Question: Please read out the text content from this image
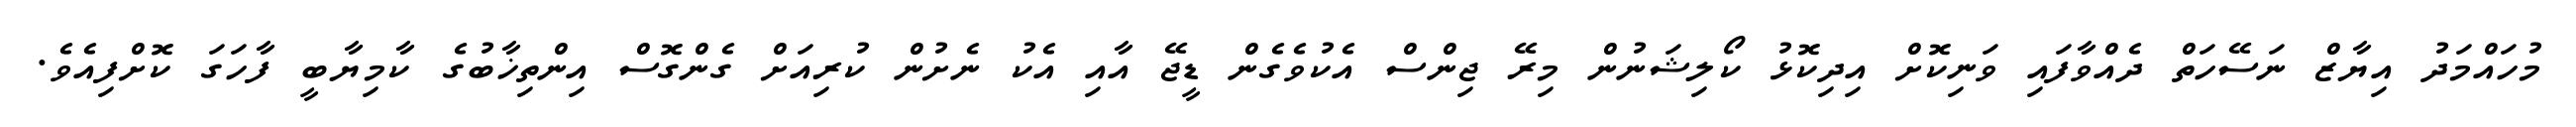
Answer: މުހައްމަދު އިޔާޒް ނަސޭހަތް ދެއްވާފައި ވަނިކޮށް އިދިކޮޅު ކޯލިޝަނުން މިރޭ ޖިންސް އެކުވެގެން ޑީޖޭ އާއި އެކު ނެށުން ކުރިއަށް ގެންގޮސް އިންތިޚާބުގެ ކާމިޔާބީ ފާހަގަ ކޮށްފިއެވެ.